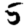
Digit: 5